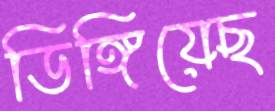
ডিঙ্গিয়েছ